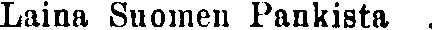
Laina Suomen Pankista .